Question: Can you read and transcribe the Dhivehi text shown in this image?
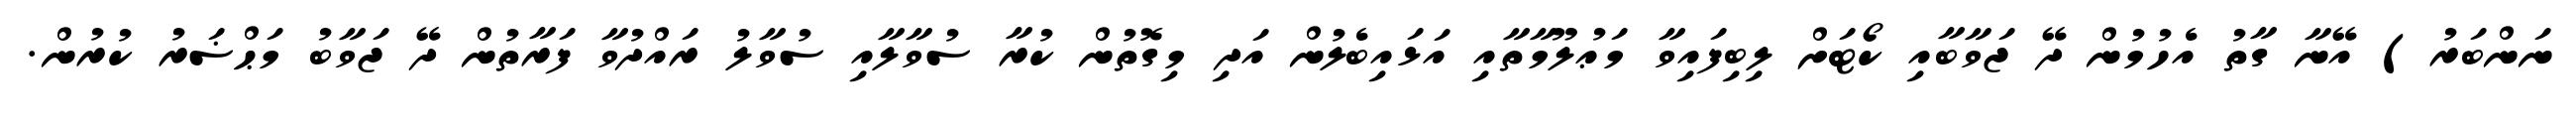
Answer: ނަންބަރު) އޭނާ ގާތު އެހުމުން ދޭ ޖަވާބާއި ކޯޓަށް ލިބިފައިވާ މަޢުލޫމާތާއި އަޅައިބެލުން އަދި މިގޮތުން ކުރާ ސުވާލާއި ސުވާލު ރައްދުވާ ފަރާތުން ދޭ ޖަވާބު މަޙްޟަރު ކުރުން.